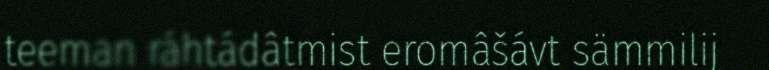
teeman ráhtádâtmist eromâšávt sämmilij